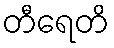
တီရေတိ